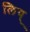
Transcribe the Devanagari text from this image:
लिय्